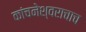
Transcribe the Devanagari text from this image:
कांचनेश्वराचाच